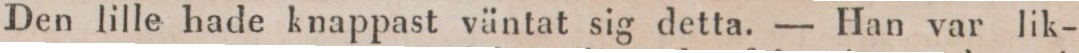
Den lille hade knappast väntat sig detta. — Han var lik-